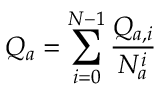
Q _ { a } = \sum _ { i = 0 } ^ { N - 1 } \frac { Q _ { a , i } } { N _ { a } ^ { i } }